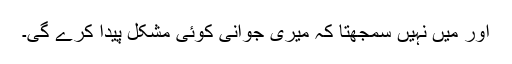
اور میں نہیں سمجهتا کہ میرى جوانى کوئى مشکل پیدا کرے گى۔